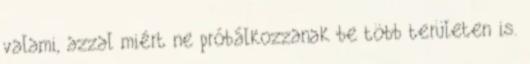
valami, azzal miért ne próbálkozzanak be több területen is.